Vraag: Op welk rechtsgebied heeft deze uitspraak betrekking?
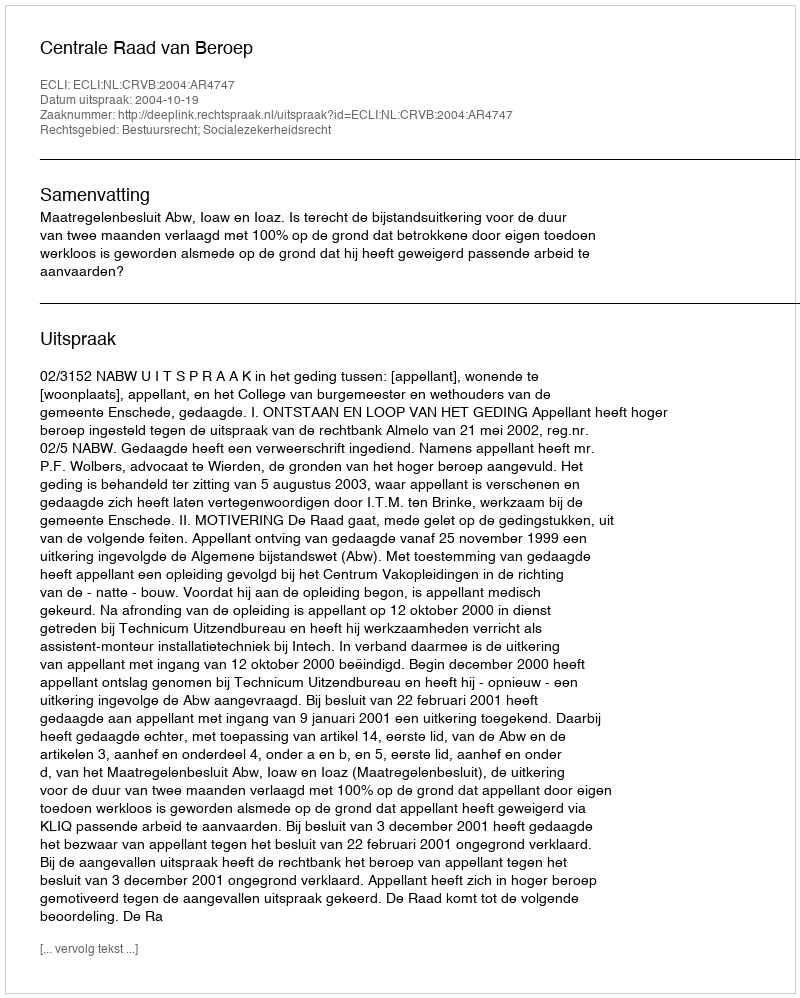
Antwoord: Bestuursrecht; Socialezekerheidsrecht